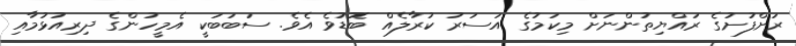
ރަށްފުށުގެ ރައްޔިތުންނަށް މިކަމުގެ އަސަރު ކުރާލެއް ބޮޑުވެ އެވެ. ސަބަބަކީ އެމީހުންގެ ދިރިއުޅުމާއި